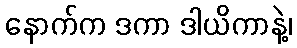
နောက်က ဒကာ ဒါယိကာနဲ့၊